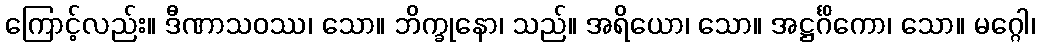
ကြောင့်လည်း။ ဒီဏာသဝဿ၊ သော။ ဘိက္ခုနော၊ သည်။ အရိယော၊ သော။ အဋ္ဌင်္ဂိကော၊ သော။ မဂ္ဂေါ၊